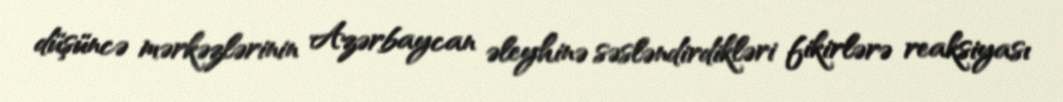
düşüncə mərkəzlərinin Azərbaycan əleyhinə səsləndirdikləri fikirlərə reaksiyası